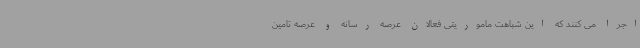
اجرا می کنند که این شباهت ماموریتی فعالان عرصه رسانه و عرصه تامین